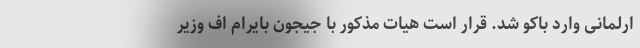
ارلمانی وارد باکو شد. قرار است هیات مذکور با جیجون بایرام اف وزیر